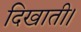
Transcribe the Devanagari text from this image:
दिखाती।